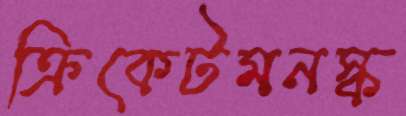
ক্রিকেটমনস্ক